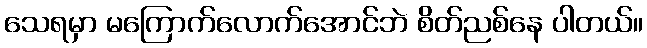
သေရမှာ မကြောက်လောက်အောင်ဘဲ စိတ်ညစ်နေ ပါတယ်။